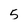
Character: 5